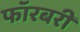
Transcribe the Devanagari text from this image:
फॉरबरी